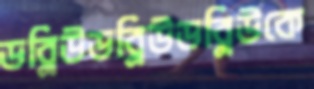
ডব্লিউডব্লিউডব্লিউকে